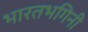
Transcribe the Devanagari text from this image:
भारतभगिनी